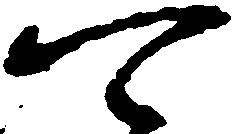
可